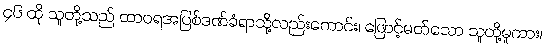
၄၆ ထို သူတို့သည် ထာဝရအပြစ်ဒဏ်ခံရာသို့လည်းကောင်း၊ ဖြောင့်မတ်သော သူတို့မူကား၊